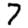
Digit: 7